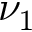
\nu _ { 1 }